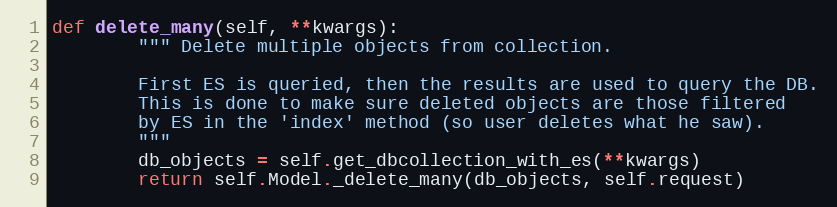
Language: Python
def delete_many(self, **kwargs):
        """ Delete multiple objects from collection.

        First ES is queried, then the results are used to query the DB.
        This is done to make sure deleted objects are those filtered
        by ES in the 'index' method (so user deletes what he saw).
        """
        db_objects = self.get_dbcollection_with_es(**kwargs)
        return self.Model._delete_many(db_objects, self.request)